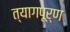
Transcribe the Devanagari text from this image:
त्यागपूर्ण